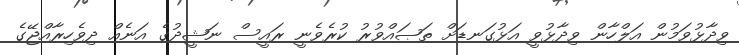
ވިދާޅުވަމުން އަލްހާން ވިދާޅުވީ އަޅުގަނޑަށް ތަޞައްވުރު ކުރެވެނީ ރައީސް ނަޝީދުގެ އަނެއް ދިވެހިރާއްޖޭގެ